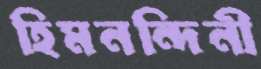
হিমনন্দিনী